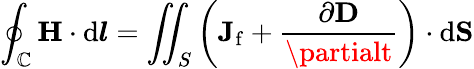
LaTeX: \oint_{\mathbb{C}}\mathbf{{H}}\cdot\mathrm{{d}}{\boldsymbol{l}}=\iint_{S}\left(\mathbf{{J}}_{\mathrm{{f}}}+{\frac{{\partial\mathbf{{D}}}}{{\partialt}}}\right)\cdot\mathrm{{d}}\mathbf{{S}}